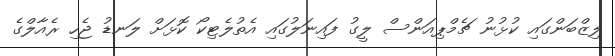
ލިޒްބަންގައި ކުޅުނު ޗެމްޕިއަންސް ލީގު ފައިނަލުގައި އެތުލެޓިކޯ ކޮޅަށް ލަނޑު ޖެހި ރެއާލްގެ